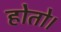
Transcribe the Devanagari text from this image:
होतो।